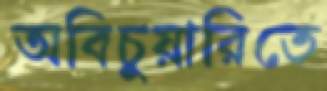
অবিচুয়ারিতে